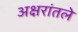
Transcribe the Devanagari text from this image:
अक्षरांतले